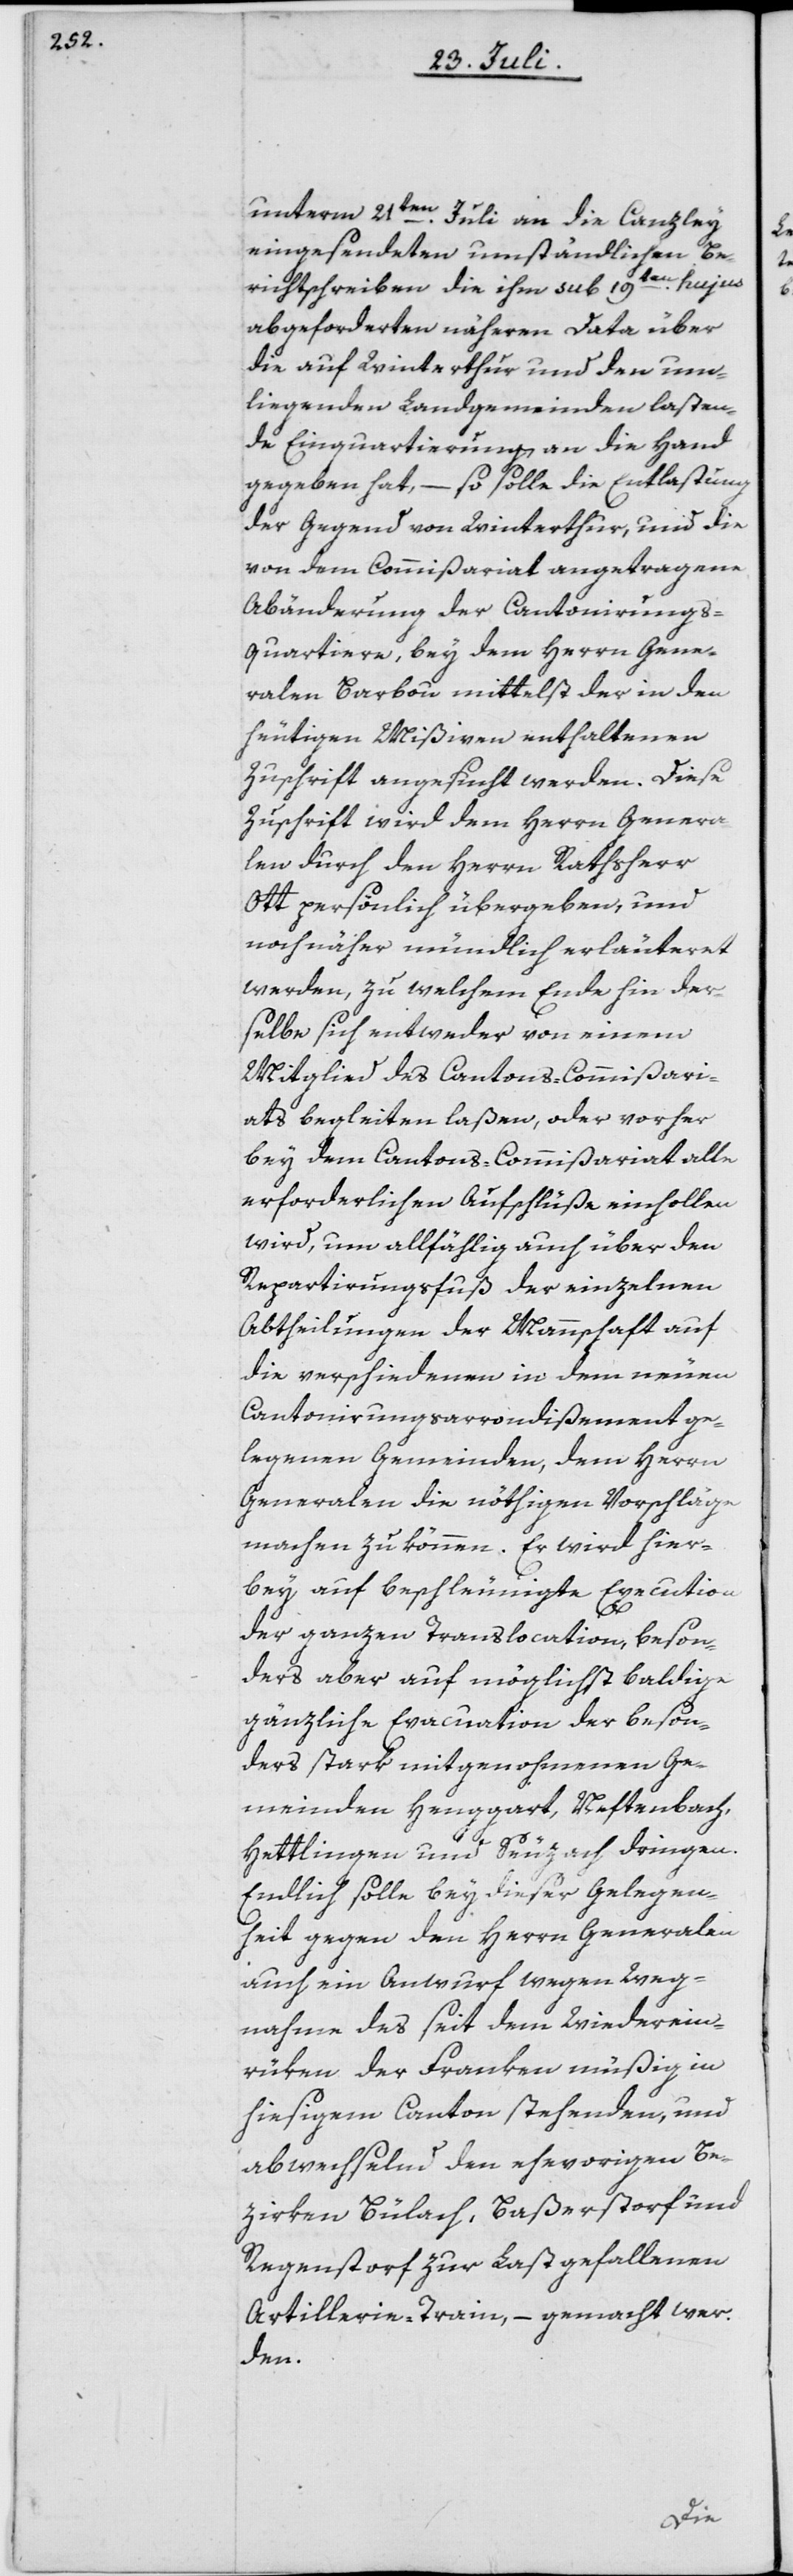
unterm 21ten Juli an die Canzley
eingesendeten umständlichen Be¬
richtschreiben, die ihm sub 19ten hujus
abgeforderten näheren Data über
die auf Winterthur und den um¬
liegenden Landgemeinden lasten¬
de Einquartierung an die Hand
gegeben hat, – so solle die Entlastung
der Gegend von Winterthur, und die
von dem Commißariat angetragene
Abänderung der Cantonirungs¬
quartiere, bey dem Herrn Gene¬
ralen Barbou mittelst der in den
heutigen Mißiven enthaltenen
Zuschrift angesucht werden. Diese
Zuschrift wird dem Herrn Genera¬
len durch den Herrn Rathsherr
Ott persönlich übergeben, und
noch näher mündlich erläuteret
werden, zu welchem Ende hin der¬
selbe sich entweder von einem
Mitglied des Cantons-Commißari¬
ats begleiten laßen, oder vorher
bey dem Cantons-Commißariat alle
erforderlichen Aufschlüße einhollen
wird, um allfählig auch über den
Repartirungsfuß der einzelnen
Abtheilungen der Mannschaft auf
die verschiedenen in dem neuen
Cantonirungsarrondißement ge¬
legenen Gemeinden, dem Herrn
Generalen die nöthigen Vorschläge
machen zu können. Er wird hier¬
bey auf beschleunigte Execution
der ganzen Translocation, beson¬
ders aber auf möglichst baldige
gänzliche Evacuation der beson¬
ders stark mitgenohmenen Ge¬
meinden Henggart, Neftenbach,
Hettlingen und Seuzach dringen.
Endlich solle bey dieser Gelegen¬
heit gegen den Herrn Generalen
auch ein Anwurf wegen Weg¬
nahme des seit dem Wiederein¬
rüken der Franken müßig in
hiesigem Canton stehenden, und
abwechselnd den ehevorigen Be¬
zirken Bülach, Baßerstorf und
Regenstorf zur Last gefallenen
Artillerie-Train, – gemacht wer¬
den.